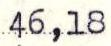
46,18